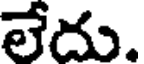
లేదు.